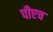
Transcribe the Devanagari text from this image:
पीएच